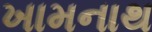
ખામનાથ